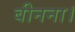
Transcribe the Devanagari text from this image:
बीनना।